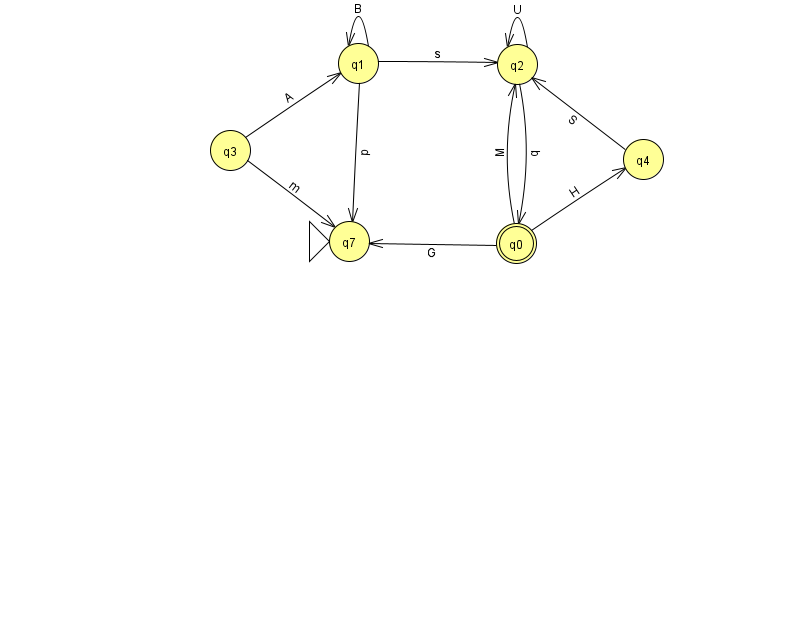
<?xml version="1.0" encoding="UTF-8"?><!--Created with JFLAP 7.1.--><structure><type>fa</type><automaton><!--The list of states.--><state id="0" name="q0"><x>516.0</x><y>230.0</y><final/></state><state id="1" name="q1"><x>358.0</x><y>50.0</y></state><state id="2" name="q2"><x>517.0</x><y>51.0</y></state><state id="3" name="q3"><x>230.0</x><y>137.0</y></state><state id="4" name="q4"><x>643.0</x><y>146.0</y></state><state id="7" name="q7"><x>349.0</x><y>228.0</y><initial/></state><!--The list of transitions.--><transition><from>0</from><to>2</to><read>M</read></transition><transition><from>1</from><to>1</to><read>B</read></transition><transition><from>1</from><to>2</to><read>s</read></transition><transition><from>3</from><to>1</to><read>A</read></transition><transition><from>2</from><to>2</to><read>U</read></transition><transition><from>1</from><to>7</to><read>p</read></transition><transition><from>4</from><to>2</to><read>S</read></transition><transition><from>0</from><to>7</to><read>G</read></transition><transition><from>2</from><to>0</to><read>q</read></transition><transition><from>0</from><to>4</to><read>H</read></transition><transition><from>3</from><to>7</to><read>m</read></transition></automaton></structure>